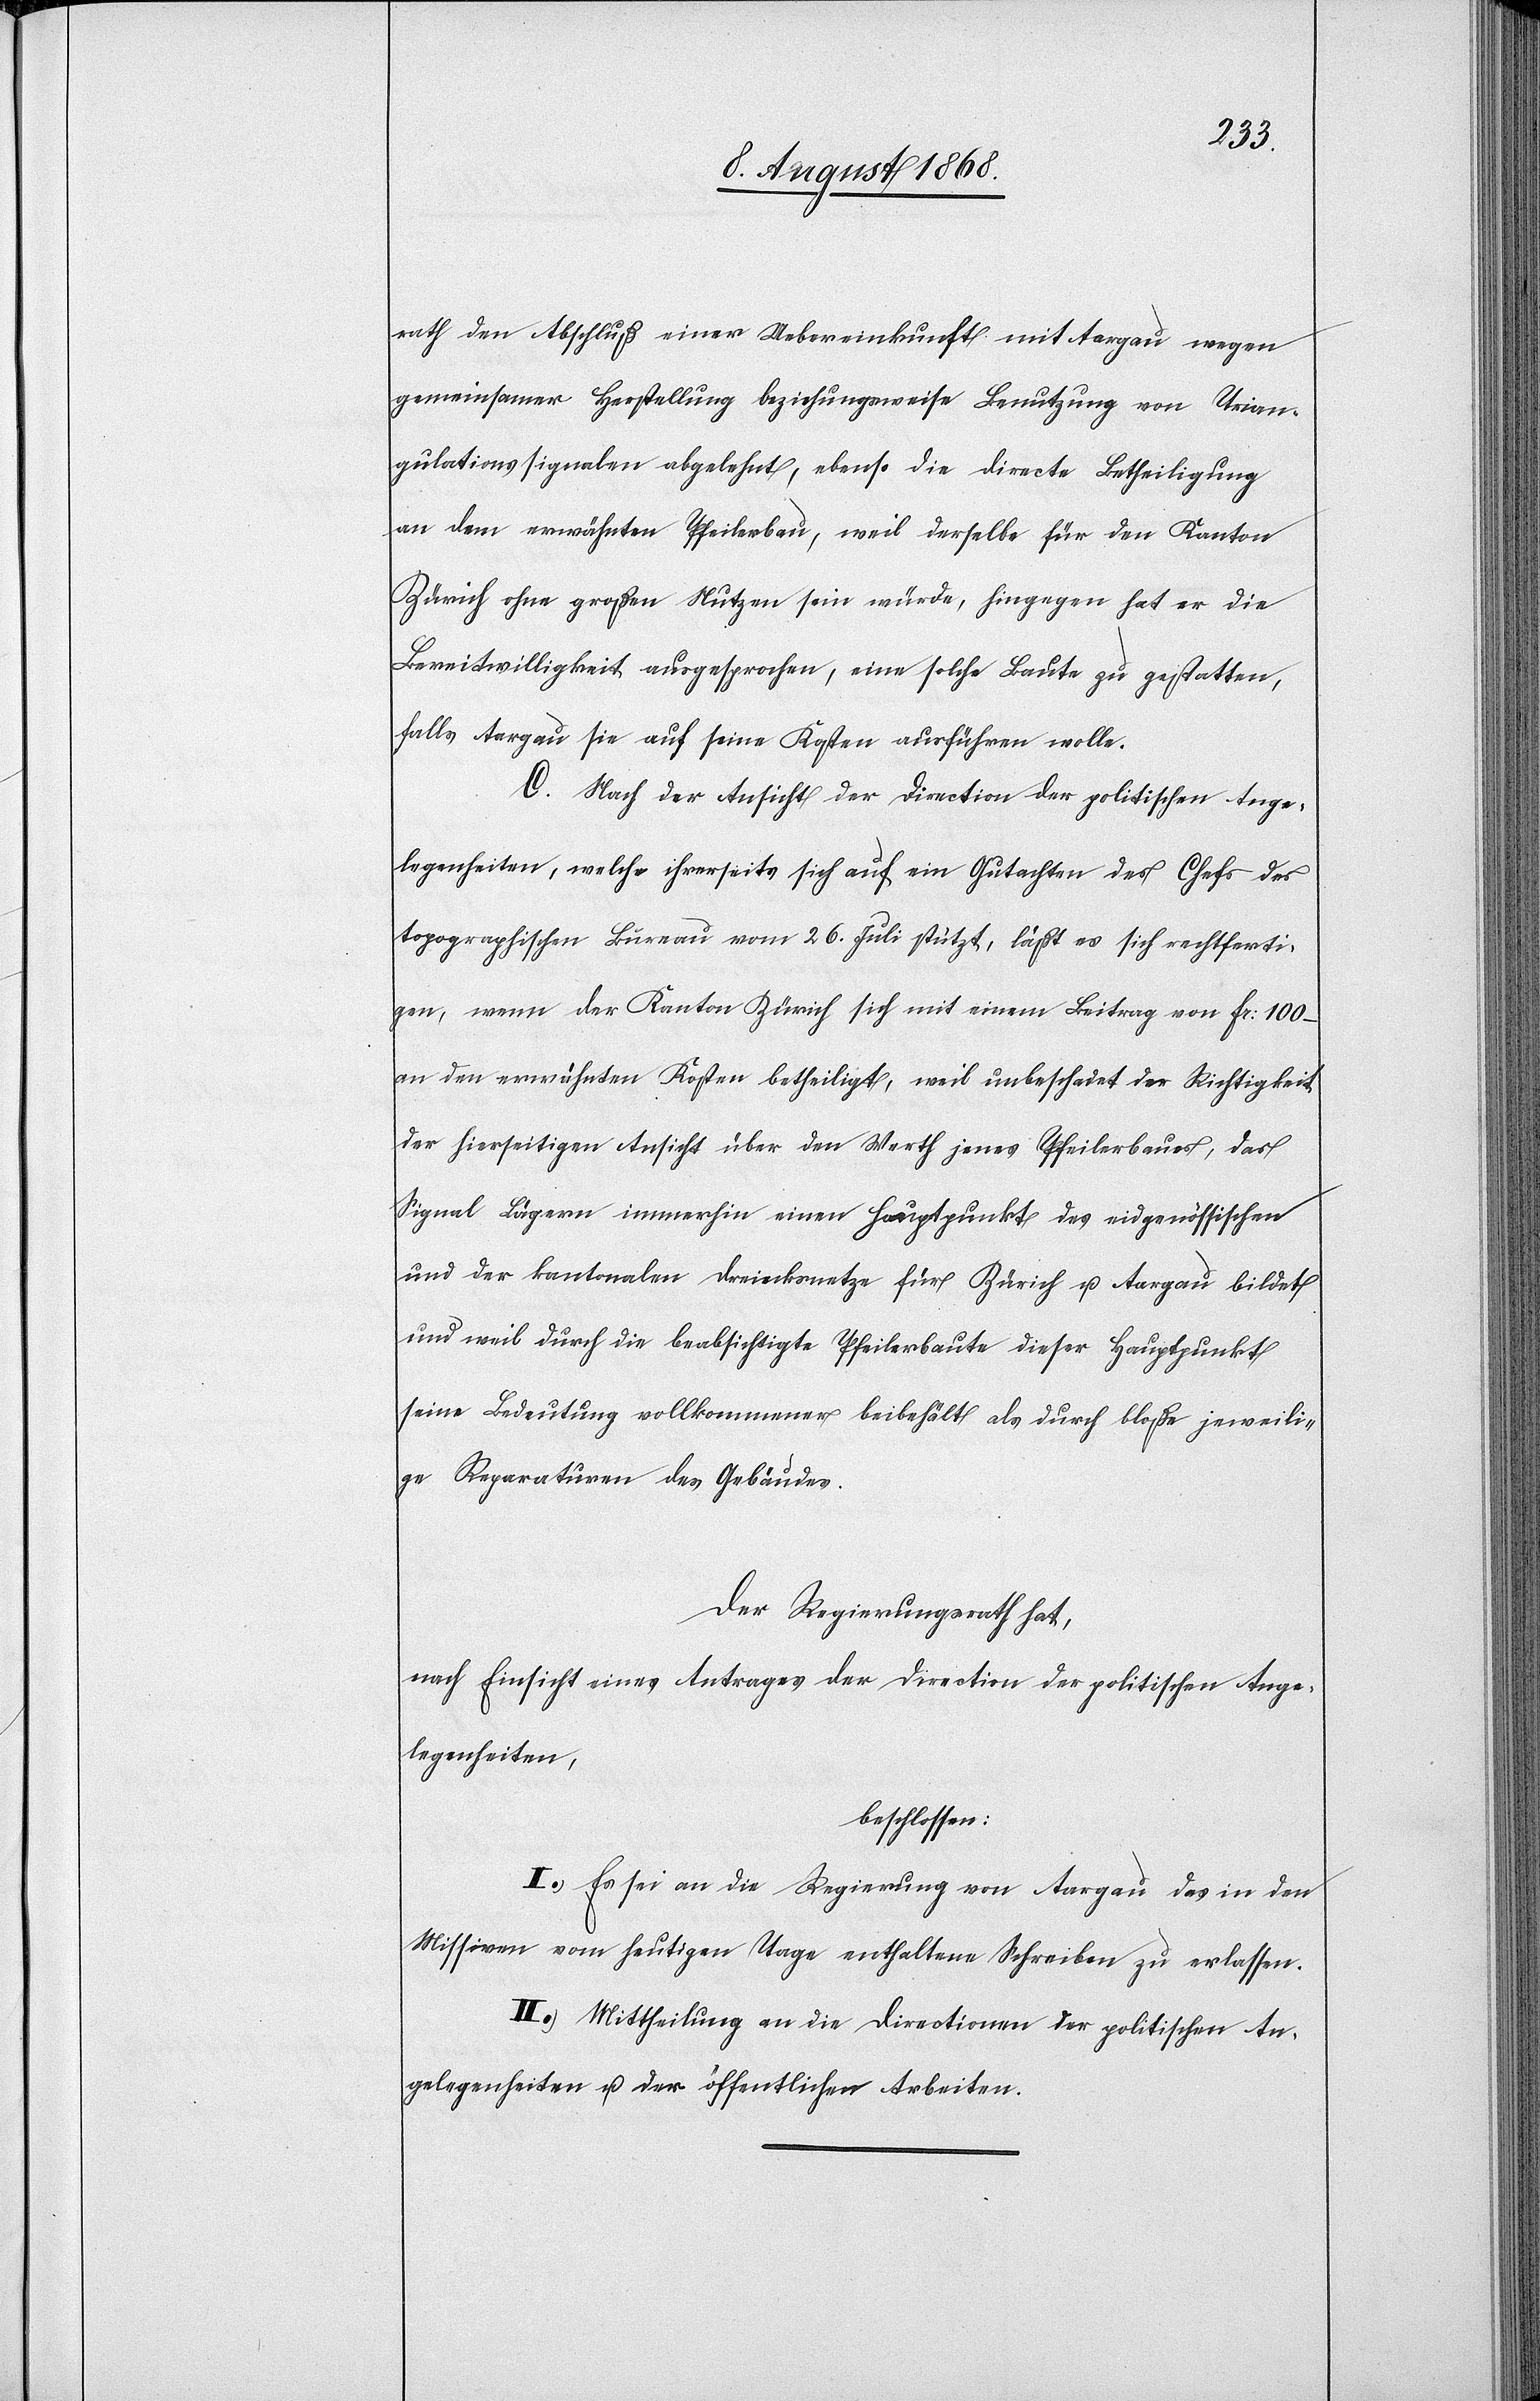
rath den Abschluß einer Uebereinkunft mit Aargau wegen
gemeinsamer Herstellung beziehungsweise Benutzung von Trian¬
gulationssignalen abgelehnt, ebenso die directe Betheiligung
an dem erwähnten Pfeilerbau, weil derselbe für den Kanton
Zürich ohne großen Nutzen sein würde, hingegen hat er die
Bereitwilligkeit ausgesprochen, eine solche Baute zu gestatten,
falls Aargau sie auf seine Kosten ausführen wolle.
C. Nach der Ansicht der Direction der politischen Ange¬
legenheiten, welche ihrerseits sich auf ein Gutachten des Chefs des
topographischen Büreau vom 26. Juli stützt, läßt es sich rechtferti¬
gen, wenn der Kanton Zürich sich mit einem Beitrag von Fr: 100 –
an den erwähnten Kosten betheiligt, weil unbeschadet der Richtigkeit
der hierseitigen Ansicht über den Werth jenes Pfeilerbaues, das
Signal Lägern immerhin einen Hauptpunkt des eidgenössischen
und der kantonalen Dreiecksnetze für Zürich u. Aargau bildet
und weil durch die beabsichtigte Pfeilerbaute dieser Hauptpunkt
seine Bedeutung vollkommener beibehält als durch bloße jeweili¬
ge Reparaturen des Gebäudes.
Der Regierungsrath hat,
nach Einsicht eines Antrages der Direction der politischen Ange¬
legenheiten,
beschlossen:
I.) Es sei an die Regierung von Aargau das in den
Missiven vom heutigen Tage enthaltene Schreiben zu erlassen.
II.) Mittheilung an die Directionen der politischen An¬
gelegenheiten u. der öffentlichen Arbeiten.